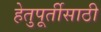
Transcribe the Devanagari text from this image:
हेतुपूर्तीसाठी